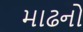
માઢનો